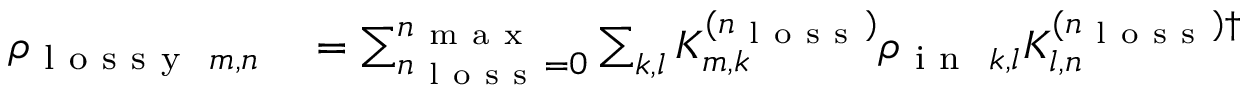
\begin{array} { r l } { \rho _ { \mathrm { ~ l ~ o ~ s ~ s ~ y ~ } ~ m , n } } & { { } = \sum _ { n _ { \mathrm { ~ l ~ o ~ s ~ s ~ } } = 0 } ^ { n _ { \mathrm { ~ m ~ a ~ x ~ } } } \sum _ { k , l } K _ { m , k } ^ { ( n _ { \mathrm { ~ l ~ o ~ s ~ s ~ } } ) } \rho _ { \mathrm { ~ i ~ n ~ } ~ k , l } K _ { l , n } ^ { ( n _ { \mathrm { ~ l ~ o ~ s ~ s ~ } } ) \dag } } \end{array}